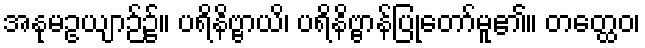
အနုမဥယျာဉ်၌။ ပရိနိဗ္ဗာယိ၊ ပရိနိဗ္ဗာန်ပြုတော်မူ၏။ တတ္ထေဝ၊